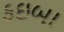
ફઇબા